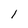
Character: 1